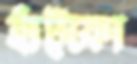
হাঁট্‌কো